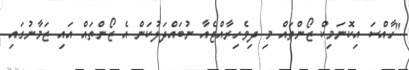
"ހާއްސަ އިކޮނަމިކް ޒޯންތައް މި ދިވެހިރާއްޖެއާ ނުބައްދަލުކަން އެ ޒޯންތައް އައި ޒަމާނުގައި